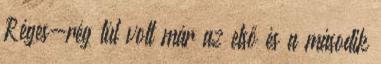
Réges-rég túl volt már az első és a második